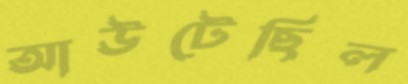
আউটেছিল